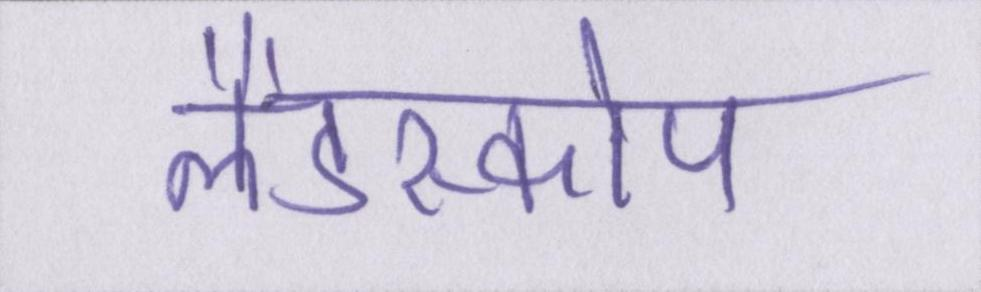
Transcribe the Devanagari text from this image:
लैंडस्कोप